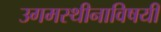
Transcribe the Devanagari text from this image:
उगमस्थीनाविषयी